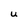
Character: U